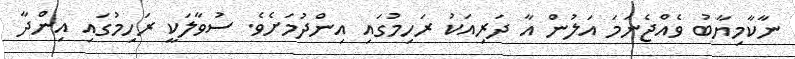
ނާކާމިޔާބު ވެއްޖެނަމަ އަލުން އާ ދަރިއަކު ރަހިމުގައި އިންދުމަށެވެ. ސުވާލަކީ ރަހިމުގައި އިންދާ